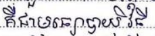
គឺជាមធ្យោបាយវិធី